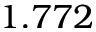
1 . 7 7 2